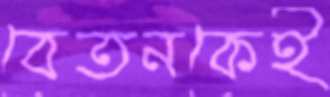
বেতনকেই